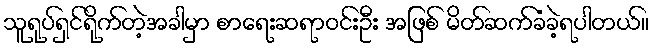
သူရုပ်ရှင်ရိုက်တဲ့အခါမှာ စာရေးဆရာဝင်းဦး အဖြစ် မိတ်ဆက်ခံခဲ့ရပါတယ်။